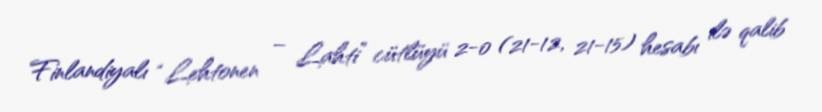
Finlandiyalı “Lehtonen – Lahti” cütlüyü 2-0 (21-12, 21-15) hesabı ilə qalib